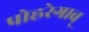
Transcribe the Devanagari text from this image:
पोह्ररेगाव्